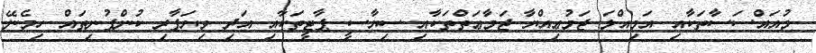
މުއައްސަސާތަކާއި އަމިއްލަ ޖަމުޢިއްޔާ ޖަމާޢަތްތަކާއި ސިޔާސީ ޕާޓީތަކާއި އަދި ވިޔަފާރި ކުންފުނިތައް ހިމެނޭ